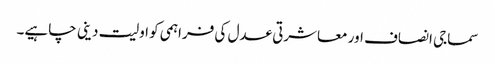
سماجی انصاف اور معاشرتی عدل کی فراہمی کو اولیت دینی چاہیے۔